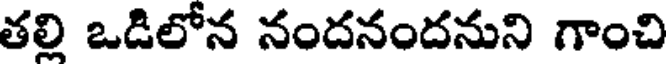
తల్లి ఒడిలోన నందనందనుని గాంచి